Report on vaccination in Madras 1877-1894 - 1877-1894
Year: 1877
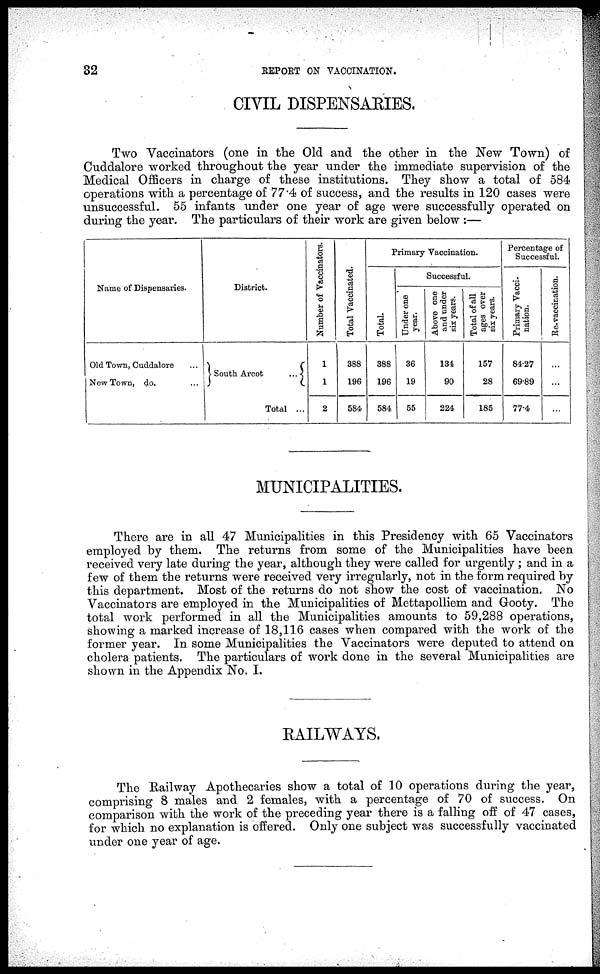
32
REPORT ON VACCINATION.
CIVIL DISPENSARIES.
Two Vaccinators (one in the Old and the other in the New Town) of
Cuddalore worked throughout the year under the immediate supervision of the
Medical Officers in charge of these institutions. They show a total of 584
operations with a percentage of 77.4 of success, and the results in 120 cases were
unsuccessful. 55 infants under one year of age were successfully operated on
during the year. The particulars of their work are given below :—
Name of Dispensaries.
Old Town, Cuddalore ...
New Town, do. ...
District.
South Arcot
...
Total ...
Number of Vaccinators.
1
1
2
Total Vaccinated.
388
196
584
Primary Vaccination.
Total
388
196
584
Successful.
Under one
year.
36
19
55
Above one
and under
six years.
134
90
224
Total of all
ages over
six years.
157
28
185
Percentage of
Successful.
Primary Vacci-
nation.
84.27
69.89
77.4
Re-vaccination.
...
...
...
MUNICIPALITIES.
There are in all 47 Municipalities in this Presidency with 65 Vaccinators
employed by them. The returns from some of the Municipalities have been
received very late during the year, although they were called for urgently; and in a
few of them the returns were received very irregularly, not in the form required by
this department. Most of the returns do not show the cost of vaccination. No
Vaccinators are employed in the Municipalities of Mettapolliem and Gooty. The
total work performed in all the Municipalities amounts to 59,288 operations,
showing a marked increase of 18,116 cases when compared with the work of the
former year. In some Municipalities the Vaccinators were deputed to attend on
cholera patients. The particulars of work done in the several Municipalities are
shown in the Appendix No. I.
RAILWAYS.
The Railway Apothecaries show a total of 10 operations during the year,
comprising 8 males and 2 females, with a percentage of 70 of success. On
comparison with the work of the preceding year there is a falling off of 47 cases,
for which no explanation is offered. Only one subject was successfully vaccinated
under one year of age.